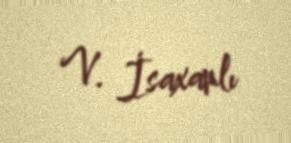
V. İsaxanlı